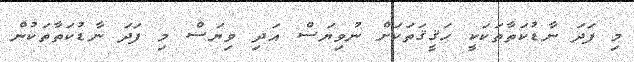
މި ފަދަ ނާޑުކަތާތަކަކީ ޙަޤީޤަތަކަށް ނުވިޔަސް އަދި ވިޔަސް މި ފަދަ ނާޑުކަތާތަކުން